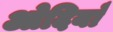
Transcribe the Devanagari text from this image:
ओदियाँ